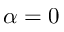
\alpha = 0